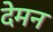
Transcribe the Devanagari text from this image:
देमन